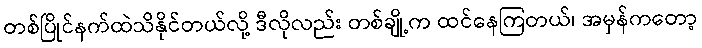
တစ်ပြိုင်နက်ထဲသိနိုင်တယ်လို့ ဒီလိုလည်း တစ်ချို့က ထင်နေကြတယ်၊ အမှန်ကတော့